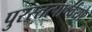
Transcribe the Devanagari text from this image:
पुरस्तत्पार्श्वयोः